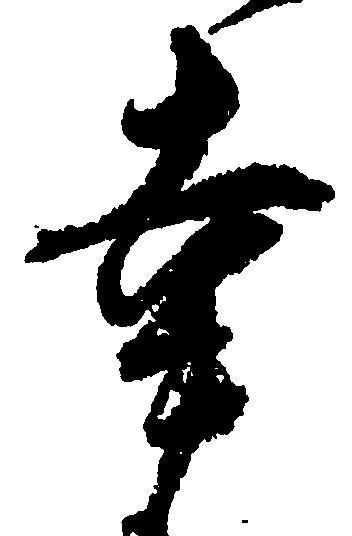
幸